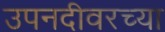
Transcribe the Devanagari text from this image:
उपनदीवरच्या